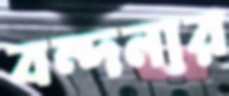
বন্দনার